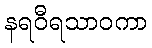
နရဝီရသာဝကာ